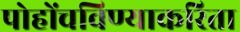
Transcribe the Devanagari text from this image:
पोहोंचविण्याकरिता